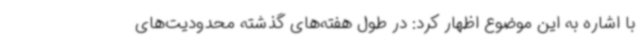
با اشاره به این موضوع اظهار کرد: در طول هفته‌های گذشته محدودیت‌های